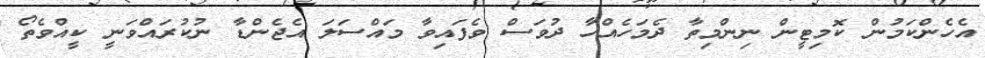
އެހެންކަމުން ކޮމިޓީން ނިންމިތާ ދެމަހެއްހާ ދުވަސް ވެފައިވާ މައްސަލަ އެޖެންޑާ ނުކުރައްވަނީ ކީއްވެތޯ